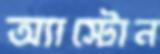
অ্যাস্টোন